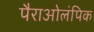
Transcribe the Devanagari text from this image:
पैराओलंपिक